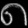
Digit: ၈